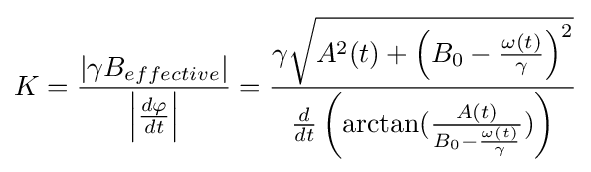
K={\frac {\left\vert \gamma B_{effective}\right\vert }{\left\vert {\frac {d\varphi }{dt}}\right\vert }}={\frac {\gamma {\sqrt {A^{2}(t)+\left(B_{0}-{\frac {\omega (t)}{\gamma }}\right)^{2}}}}{{\frac {d}{dt}}\left(\arctan({\frac {A(t)}{B_{0}-{\frac {\omega (t)}{\gamma }}}})\right)}}